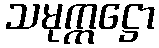
သမုက္ကဋ္ဌော